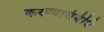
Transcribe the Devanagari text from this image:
करण्यासंबंधि